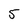
Character: 5